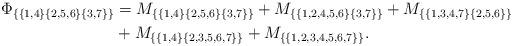
LaTeX: \begin{align*} \Phi_{\{\{1,4\}\{2,5,6\}\{3,7\}\}} &= M_{\{\{1,4\}\{2,5,6\}\{3,7\}\}} + M_{\{\{1,2,4,5,6\}\{3,7\}\}} + M_{\{\{1,3,4,7\}\{2,5,6\}\}}\\ &+ M_{\{\{1,4\}\{2,3,5,6,7\}\}} + M_{\{\{1,2,3,4,5,6,7\}\}}. \end{align*}